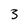
Character: 3